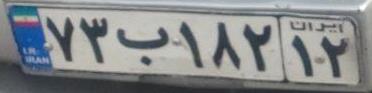
۷۳ب۱۸۲۱۲